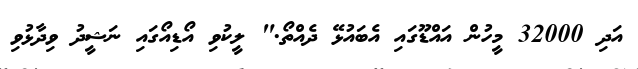
އަދި 32000 މީހުން އައްޑޫގައި އެބައުޅޭ ދެއްތޯ." ލީކުވި އޯޑިއޯގައި ނަޝީދު ވިދާޅުވި